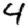
Digit: 4